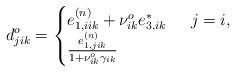
LaTeX: \begin{align*}d^{o}_{jik} =\begin{cases}e^{(n)}_{1,iik}+\nu^{o}_{ik}e^{*}_{3,ik} & \,\,\, j = i, \\\frac{e^{(n)}_{1,jik}}{1+\nu^{o}_{ik}\gamma_{ik}} & \end{cases}\end{align*}